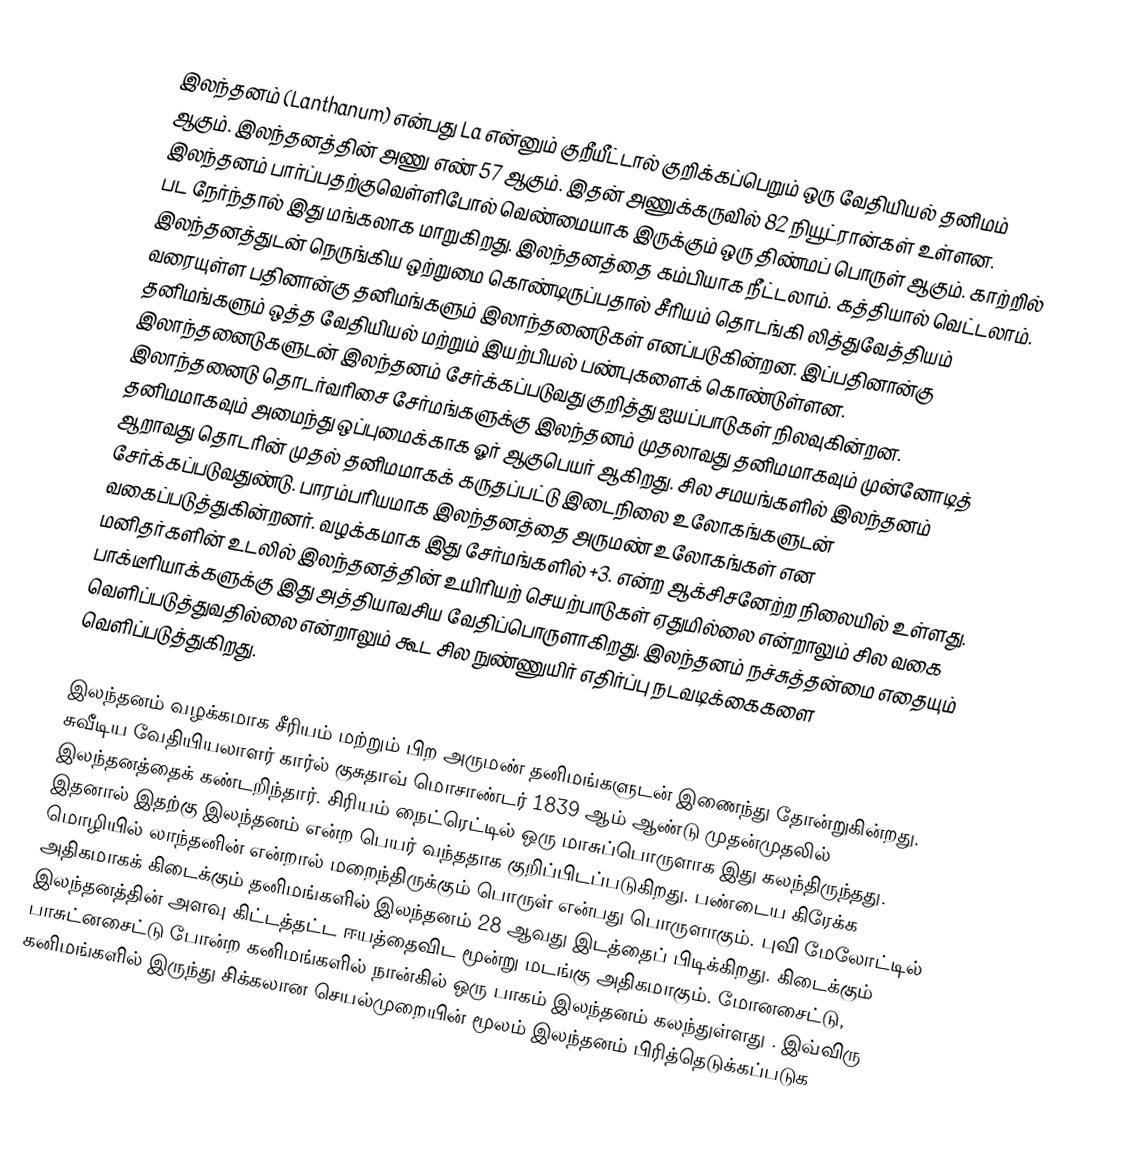
இலந்தனம் (Lanthanum) என்பது La என்னும் குறீயீட்டால் குறிக்கப்பெறும் ஒரு வேதியியல் தனிமம் ஆகும். இலந்தனத்தின் அணு எண் 57 ஆகும். இதன் அணுக்கருவில் 82 நியூட்ரான்கள் உள்ளன. இலந்தனம் பார்ப்பதற்குவெள்ளிபோல் வெண்மையாக இருக்கும் ஒரு திண்மப் பொருள் ஆகும். காற்றில் பட நேர்ந்தால் இது மங்கலாக மாறுகிறது. இலந்தனத்தை கம்பியாக நீட்டலாம்.  கத்தியால் வெட்டலாம். இலந்தனத்துடன் நெருங்கிய ஒற்றுமை கொண்டிருப்பதால் சீரியம்  தொடங்கி லித்துவேத்தியம் வரையுள்ள பதினான்கு  தனிமங்களும் இலாந்தனைடுகள் எனப்படுகின்றன. இப்பதினான்கு தனிமங்களும் ஒத்த வேதியியல் மற்றும் இயற்பியல் பண்புகளைக் கொண்டுள்ளன. இலாந்தனைடுகளுடன் இலந்தனம் சேர்க்கப்படுவது குறித்து ஐயப்பாடுகள் நிலவுகின்றன. இலாந்தனைடு தொடர்வரிசை சேர்மங்களுக்கு இலந்தனம் முதலாவது தனிமமாகவும் முன்னோடித் தனிமமாகவும் அமைந்து ஒப்புமைக்காக ஓர் ஆகுபெயர் ஆகிறது. சில சமயங்களில் இலந்தனம் ஆறாவது தொடரின் முதல் தனிமமாகக் கருதப்பட்டு இடைநிலை உலோகங்களுடன் சேர்க்கப்படுவதுண்டு. பாரம்பரியமாக இலந்தனத்தை அருமண் உலோகங்கள் என வகைப்படுத்துகின்றனர். வழக்கமாக இது சேர்மங்களில் +3. என்ற ஆக்சிசனேற்ற நிலையில் உள்ளது. மனிதர்களின் உடலில் இலந்தனத்தின் உயிரியற் செயற்பாடுகள் ஏதுமில்லை என்றாலும் சில வகை பாக்டீரியாக்களுக்கு இது அத்தியாவசிய வேதிப்பொருளாகிறது. இலந்தனம் நச்சுத்தன்மை எதையும் வெளிப்படுத்துவதில்லை என்றாலும் கூட சில நுண்ணுயிர் எதிர்ப்பு நடவடிக்கைகளை வெளிப்படுத்துகிறது.

இலந்தனம் வழக்கமாக சீரியம் மற்றும் பிற அருமண் தனிமங்களுடன் இணைந்து தோன்றுகின்றது. சுவீடிய வேதியியலாளர் கார்ல் குசுதாவ் மொசாண்டர் 1839 ஆம் ஆண்டு முதன்முதலில் இலந்தனத்தைக் கண்டறிந்தார். சிரியம் நைட்ரெட்டில் ஒரு மாசுப்பொருளாக இது கலந்திருந்தது. இதனால் இதற்கு இலந்தனம் என்ற பெயர் வந்ததாக குறிப்பிடப்படுகிறது. பண்டைய கிரேக்க மொழியில் லாந்தனின் என்றால் மறைந்திருக்கும் பொருள் என்பது பொருளாகும். புவி மேலோட்டில் அதிகமாகக் கிடைக்கும் தனிமங்களில் இலந்தனம் 28 ஆவது இடத்தைப் பிடிக்கிறது. கிடைக்கும் இலந்தனத்தின் அளவு கிட்டத்தட்ட ஈயத்தைவிட மூன்று மடங்கு அதிகமாகும். மோனசைட்டு, பாசுட்னசைட்டு போன்ற கனிமங்களில் நான்கில் ஒரு பாகம் இலந்தனம் கலந்துள்ளது . இவ்விரு கனிமங்களில் இருந்து சிக்கலான செயல்முறையின் மூலம் இலந்தனம் பிரித்தெடுக்கப்படுக